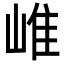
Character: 𡹐